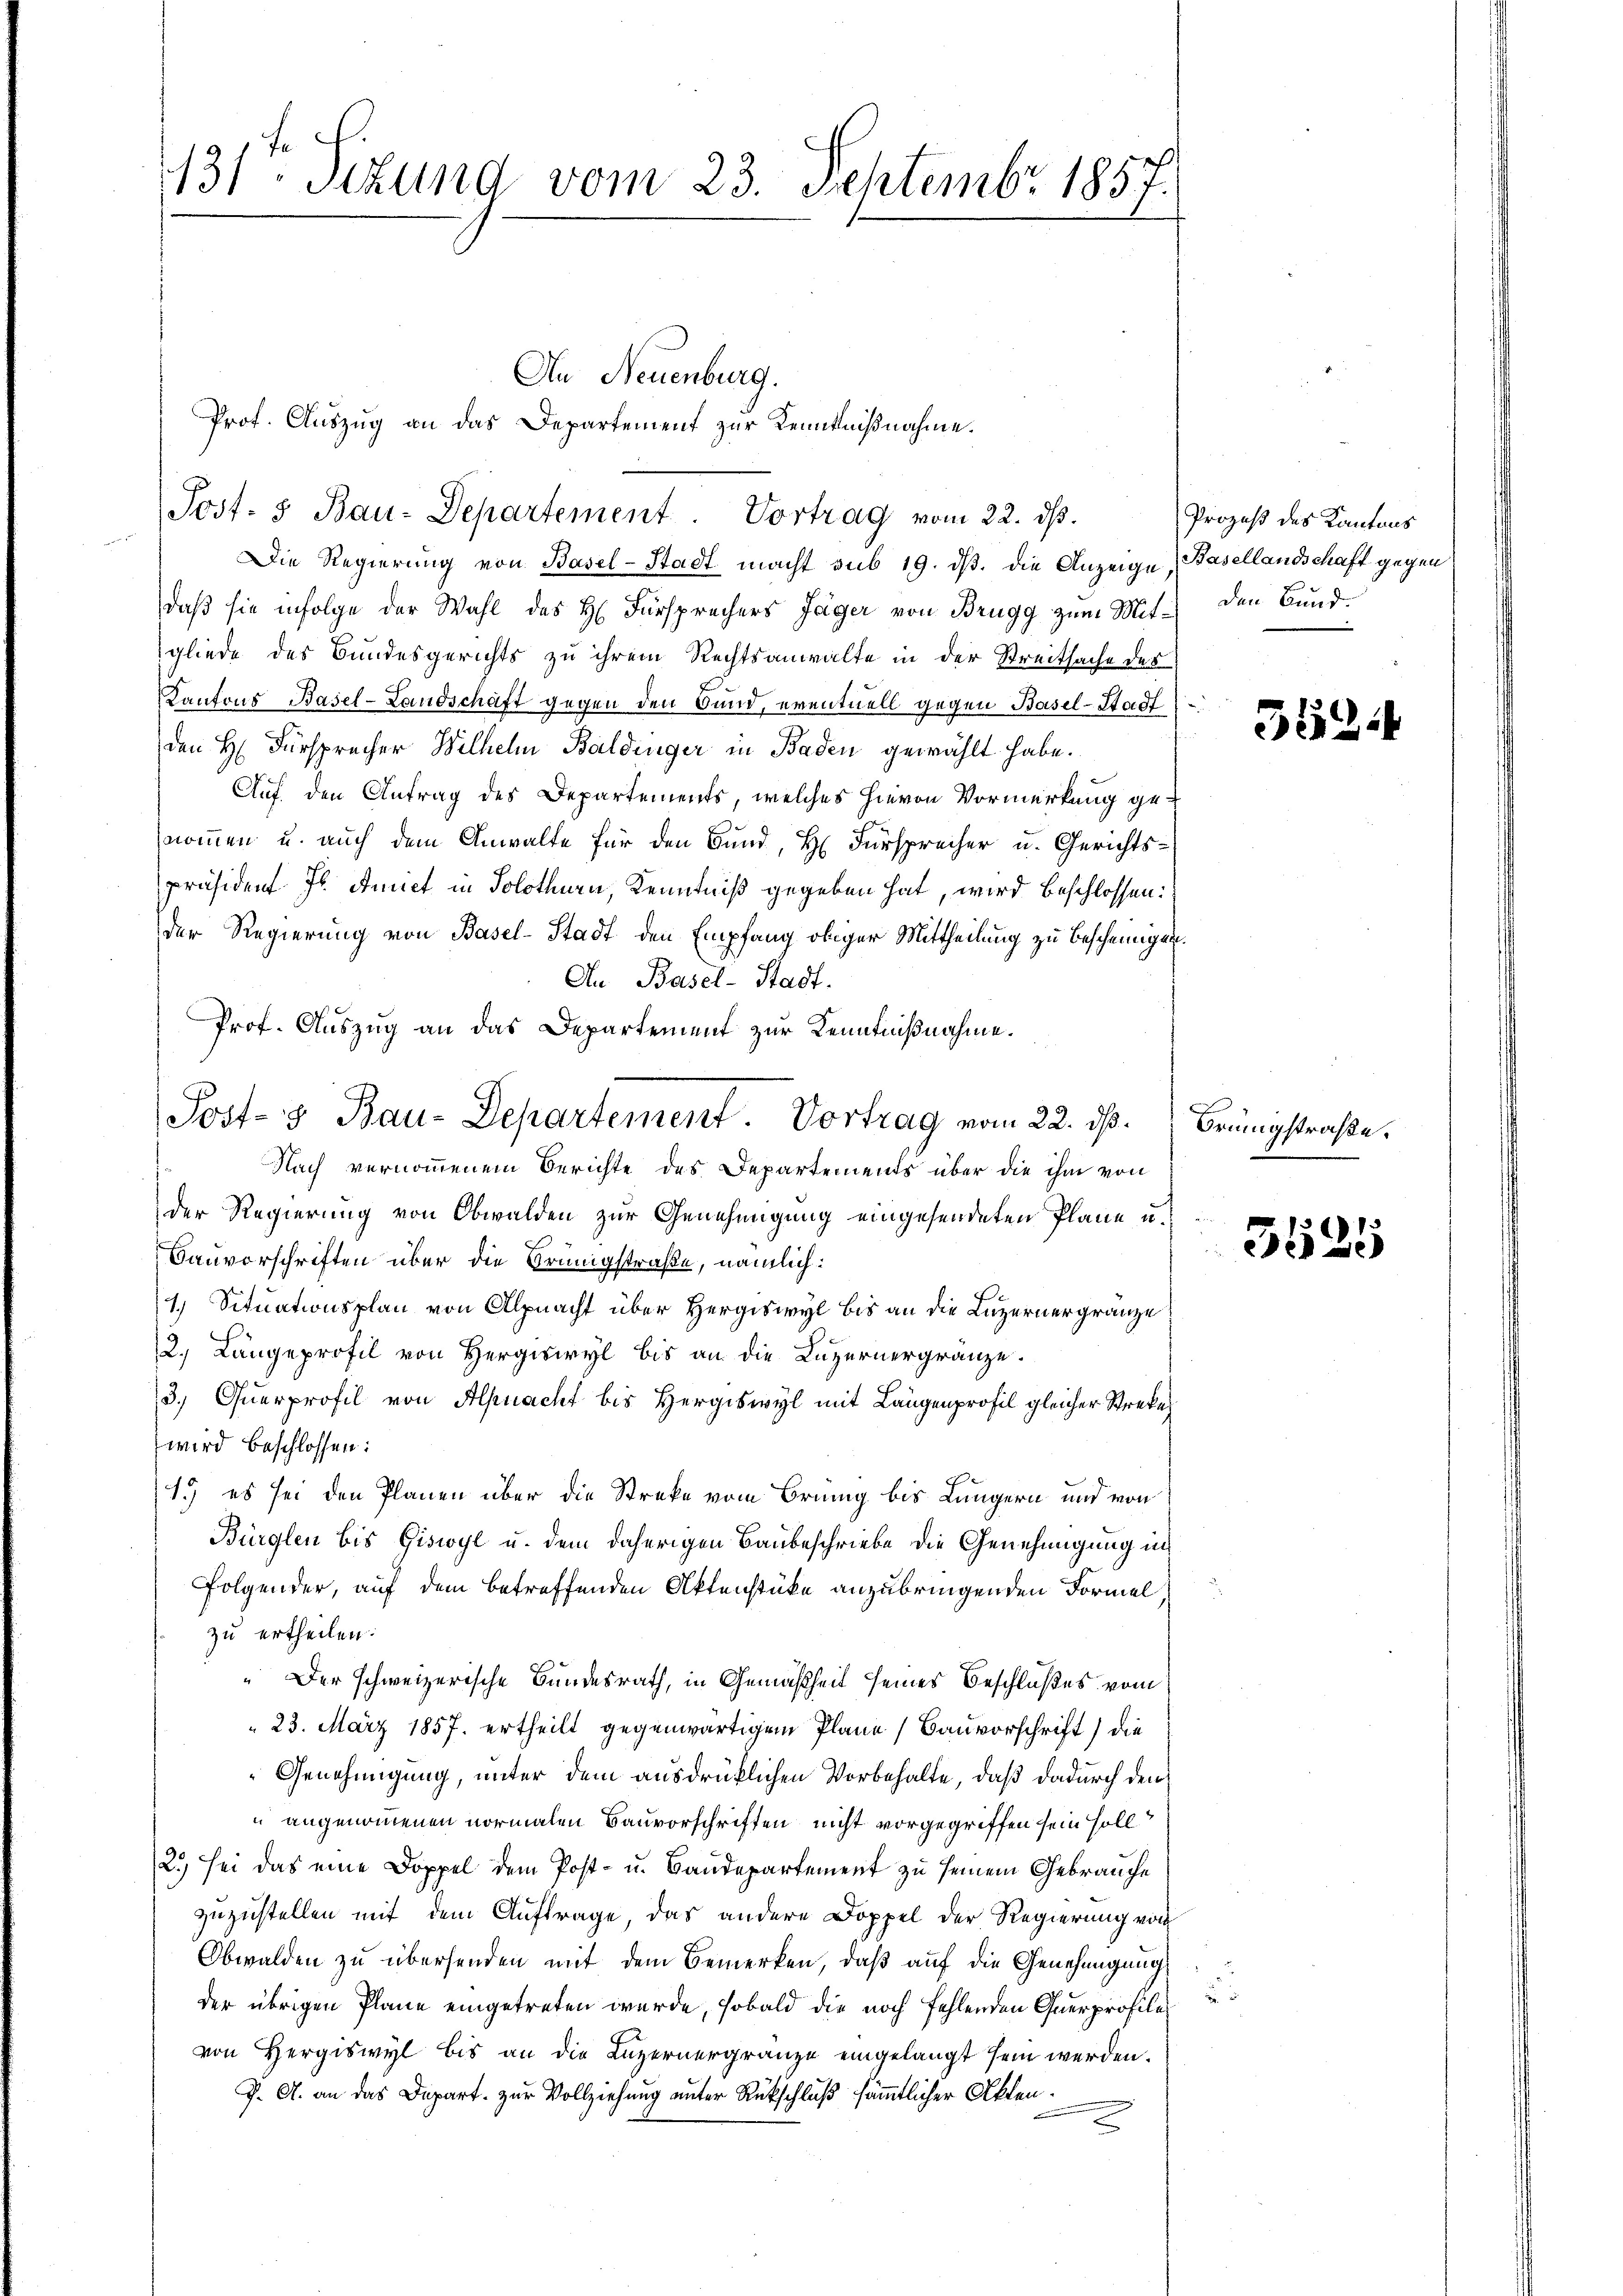
131ten Sitzung vom 23. Septembr. 1857.

Die Regierung von Basel-Stadt macht sub 19. dβ. die Anzeige.
daß sie infolge der Wahl des H. Fürsprechers Jäger von Brugg zum Mitgliede des Bundesgerichts zu ihrem Rechtsanwalte in der Streitsache des
Kantons Basel-Landschaft gegen den Bund, eventuell gegen Basel-Stadt
den H. Fürsprecher Wilhelm Baldinger in Baden gewählt habe.
Auf den Antrag des Departements, welches hievon Vormerkung genommen u. auch dem Anwalte für den Bund, H. Fürsprecher u. Gerichtspräsident J. Annet in Solothurn, Kenntniß gegeben hat, wird beschlossen:
der Regierung von Basel-Stadt den Empfang obiger Mittheilung zu Bescheinigen.
An Basel-Stadt.
Nach vernommenem Berichte des Departements über die ihm von
der Regierung von Obwalden zur Genehmigung eingesendeten Plane u.
Sauvorschriften über die Brünigstraße, nämlich:
1) Situationsplan von Alpnacht über Hergiswyl bis an die Luzernergränze
2. Längeprofil von Herry bis an die Luzernergränze.
3. Querprofil von Alpnacht bis Hergiswyl mit Langenprofil gleicher Streke
wird beschlossen:
1.) es sei den Planen über die Streke vom Brung bis Lungern und von
Bürglen bis Giswyl u. dem daherigen Baubeschriebe die Genehmigung in
Folgender, auf dem betreffenden Aktenstüke anzubringenden Formel
zu ertheilen.
“ Der schweizerische Bundesrath, in Gemäßheit seines Beschlußes vom
23. März 1857. ertheilt gegenwärtigem Plane (Bauvorschrift) die
Genehmigung, unter dem ausdrücklichen Vorbehalte, daß dadurch dem
uangenommenen vormalen Bauvorschriften nicht vorgegriffen sein soll
2.) sei das eine Doppel dem Post- u. Baudepartement zu seinem Gebrauche
zuzustellen mit dem Auftrage, das andere Doppel der Regierung von
Obwalden zu übersenden mit dem Bemerken, daß auf die Genehmigung
der übrigen Plane eingetreten wurde, sobald die noch fehlenden Querprofilevon Hergiswyl bis an die Luzernergränze eingelangt sein werden.
J. A. an das Depart. zur Vollziehung unter Rückschluß sämmtlicher Akten.

Post- & Bau-Departement. Vortrag vom 22. dβ.

An Neuenburg.
Prof. Auszug an das Departement zur Kenntnißnahme.

Prof. Auszug an das Departement zur Kenntnißnahme.
Post- & Bau-Departement. Vortrag vom 22. ds.

Prozeß des Kantons
Basellandschaft gegen
den Bund.

5524

Brungstraße.

15 x
ede de